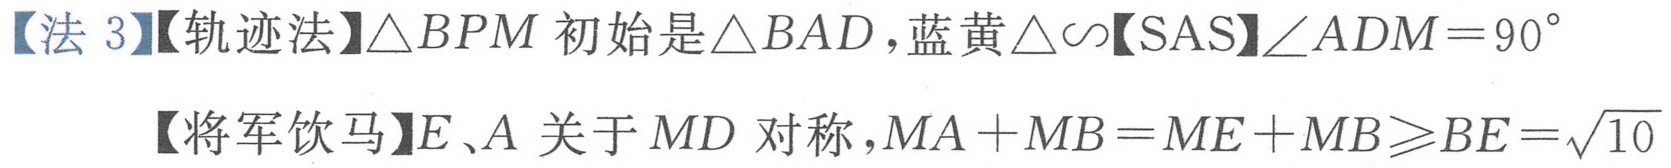
【法 3】【轨迹法】$\triangle BPM$ 初始是 $\triangle BAD$，蓝黄$\triangle\backsim$【SAS】$\angle ADM = 90^{\circ}$
【将军饮马】$E、A$ 关于 $MD$ 对称，$MA + MB = ME + MB\geqslant BE=\sqrt{10}$